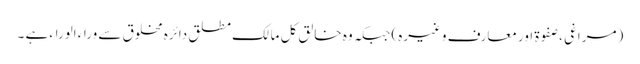
(مراغی ، صفوۃ اور معارف وغیرہ) جبکہ وہ خالق کل مالک مطلق دائرہ مخلوق سے وراء الوراء ہے ۔